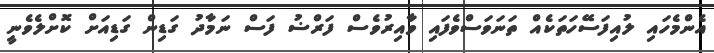
އެންމެހައި ލުއިފަސޭހަތަކެއް ތަނަވަސްވެފައި ވާއިރުވެސް ފަރްޟު ފަސް ނަމާދު ގަޑިން ގަޑިއަށް ކޮށްލެވެނީ